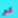
كم